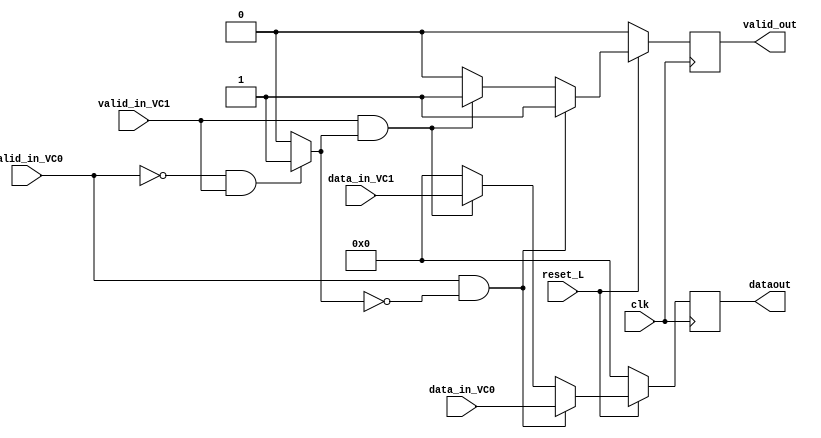
module mux(  input clk, 
			 input reset_L,
			 input valid_in_VC0, //Señal de pop proveniente del fifo
			 input valid_in_VC1,	
			 input [5:0] data_in_VC0,
			 input [5:0] data_in_VC1,
			 output reg [5:0] dataout,
			 output reg valid_out); // Le indica al demux anterior a
									// D0 y D1 que transfiere datos

//Registros Internos
reg selectorL1;

///////////////////////////////////////////////////////////////////////*/
// Logica selector datos de salida

always @(*) begin
	if(!valid_in_VC0 && valid_in_VC1)
	selectorL1 <=1;
	else begin
	selectorL1 <=0;
	end 
	
end

///////////////////////////////////////////////////////////////////////*/
// Logica valores validos de salida del mux

	always @(posedge clk) begin
		if((!reset_L))begin
		dataout<= 0;
		valid_out <= 0; 
		end
		else if (valid_in_VC0 && !selectorL1) begin
			dataout <= data_in_VC0;
			valid_out <= 1;
		    end
	    else if (valid_in_VC1 && selectorL1) begin
			dataout <= data_in_VC1;
			valid_out <= 1;
			end
		else begin
		dataout <= 0;
		valid_out <= 0;
		end
	end

endmodule